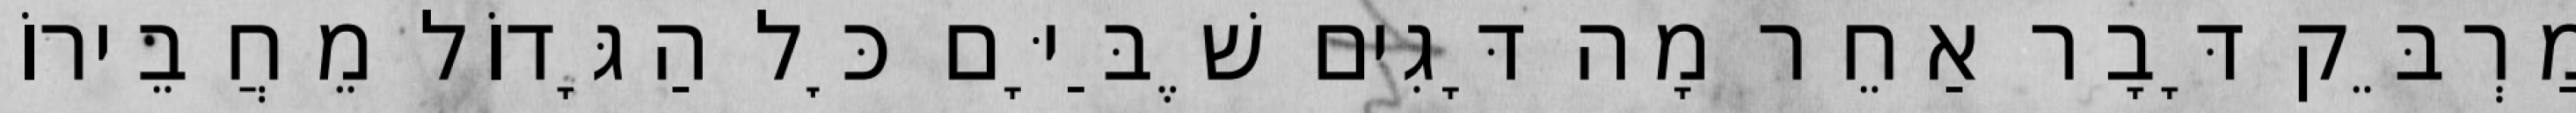
מַרְבֵּק דָּבָר אַחֵר מָה דָּגִים שֶׁבַּיָּם כׇּל הַגָּדוֹל מֵחֲבֵירוֹ